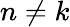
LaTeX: n\not=k